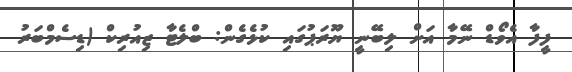
ފީފާ އެވޯޑް ނޭމާ އަށް ލިބޭނީ ޔޫރަޕުގައި ކުޅެގެން: ބްލެޓާ ޒިއުރިކް (ޑިސެމްބަރު